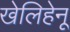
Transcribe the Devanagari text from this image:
खेलिहेनू